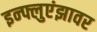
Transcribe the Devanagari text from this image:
इन्फ्लुएंझावर